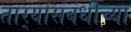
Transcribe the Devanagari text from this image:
तार्‍यांसंबंधीच्या